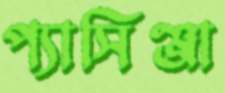
প্যাসিঞ্জা